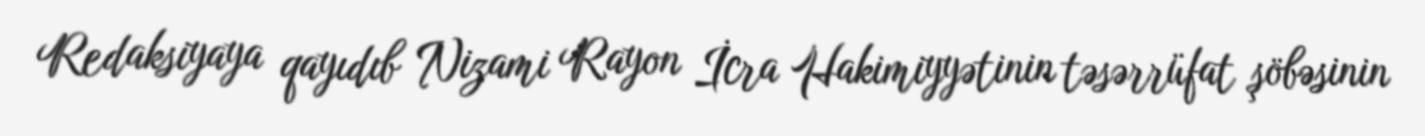
Redaksiyaya qayıdıb Nizami Rayon İcra Hakimiyyətinin təsərrüfat şöbəsinin